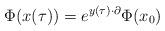
LaTeX: \begin{align*}\Phi(x(\tau)) = e^{y(\tau)\cdot \partial} \Phi(x_0) \end{align*}